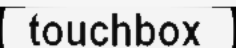
touchbox